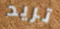
تريد